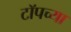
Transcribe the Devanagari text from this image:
टाॅपच्या